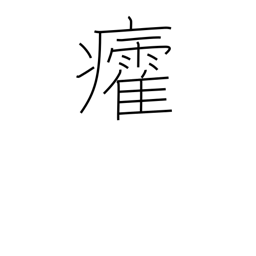
Meaning: sunstroke